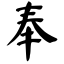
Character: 奉